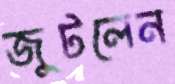
জুটলেন